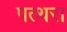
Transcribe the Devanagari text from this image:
पत्थरा